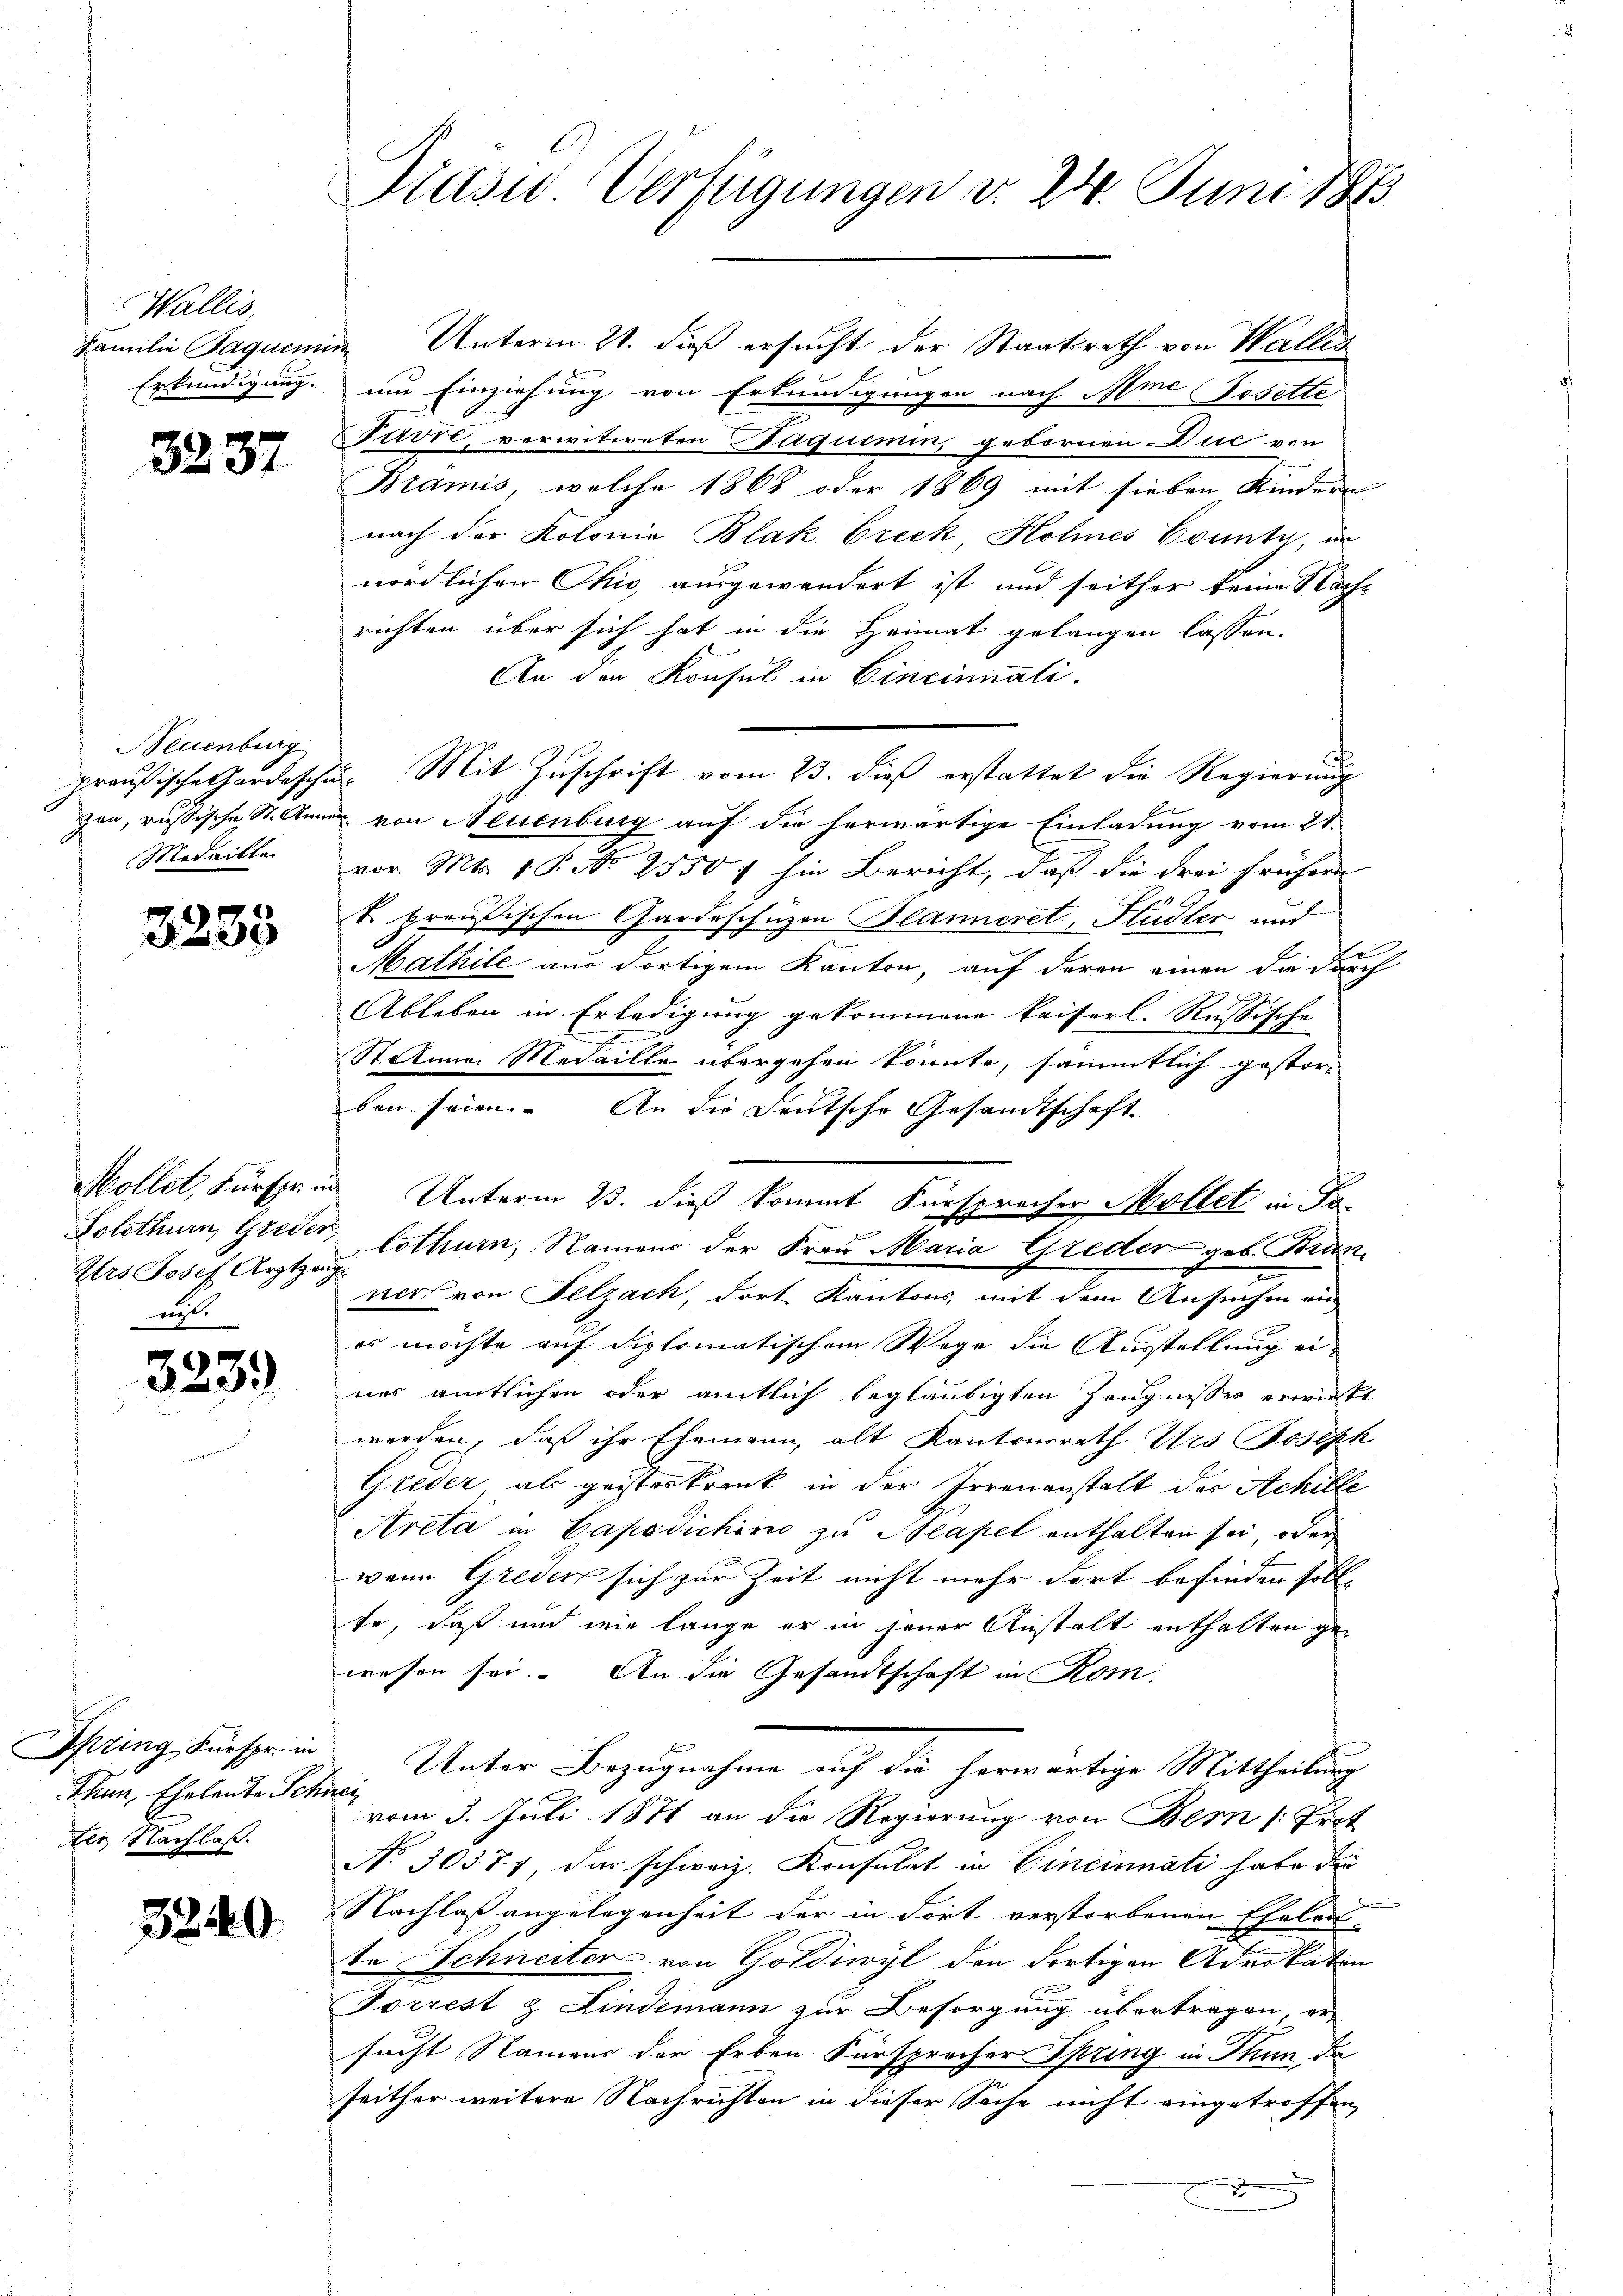
Wallis,
Erkundigung.

3287

Neuenburg
Medaille

3233

Solothurn, Greder,
Ars Josef Arztzang
wis.

3239)

Spring Fürspr. in
Thun, Eheleute Schnei
er, Nachlaß.

3240.

Prasio Verfügungen d. 24. Juni 1883

Familie Jaquemin Unterm 21. dieß ersucht der Staatsrath von Wallis
um Einziehung von Erkundigungen nach Mme Tosette
Favre, verwitweten Paquemin, gebornen Die von
Bramis, welche 1868 oder 1869 mit sieben Kindern
nach der Kolonia Blak Breck, Hohnes County, in
nördlichen Ohio, ausgewandert ist und seither keine Nachrichten über sich hat in die Heimat gelangen lassen.
An den Konsul in Cincinnati
preußische ordeschul- Mit Zuschrift vom 23. dieß erstattet die Regierung
zon, russische St. Anne von Neuenburg auf die herwärtige Einladung vom 21.
vor. Mts. 1. P. Nr. 2550 f hin Bericht, daß die drei frühern
k. preußischen Gardeschüzen Blanneret, Hudler und
Mathile aus dortigem Kanton, auf deren einen die durch
Ableben in Erledigung gekommene kaiserl. Russische
St Anna Medaille übergehen könnte, sämmtlich gestor-
ben seien. An die Deutsche Gesandtschaft
Mollet, Fürsprung Unterm 23. dieß kommt Fürspracher Möllet in Pam
lothurn, Namens der Frau Maria Greder geb. Brunner von Pelzach, dort Kantons, mit dem Ansuchen ein
es möchte auf diplomatischem Wege die Ausstellung ei-
nes amtlichen oder amtlich beglaubigten Zeugnisses erwirkt
werden, daß ihr Ehemann alt Kantonsrath Vrs Joseph
Greder als geisteskrank in der Irrenanstalt der Achille
Areta in Capodichino zu Neapel enthalten sei, oder
wenn Greden sich zur Zeit nicht mehr dort befinden soll,
te, daß und wie lange er in jener Anstalt enthalten gewesen sei. An die Gesandtschaft in Kom-
Unter Bezugnahme auf die herwärtige Mittheilung
vom 3. Juli 1871 an die Regierung von Bern (Pert
No. 30377, das schweiz. Konsulat in Cincinnati habe die
Nachlaß angelegenheit der in Fort verstorbenen Ehelei
te Schneiter von Goldiwyl den dortigen Advokaten
Torrest & Lindemann zur Besorgung übertragen, er
sucht Namens der Erben Fürsprecher Spring in Thun da
seither weitere Nachrichten in dieser Sache nicht eingetroffen,